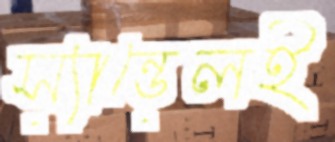
স্যান্ডেলই